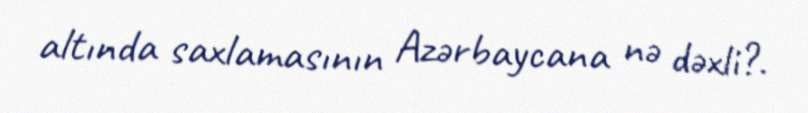
altında saxlamasının Azərbaycana nə dəxli?.